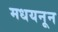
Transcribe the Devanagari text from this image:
मधयनून